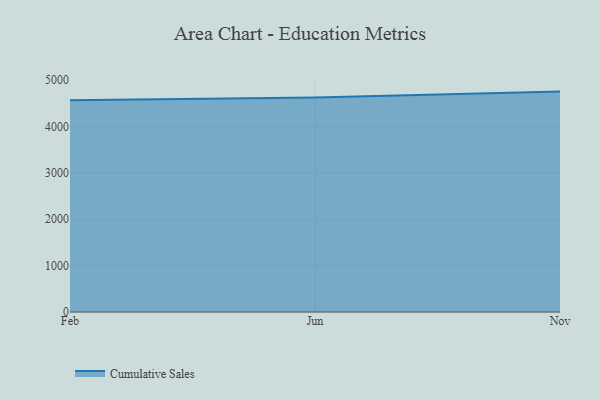
{"axis": {"x": "Month", "y": "Market Share (%)"}, "legend": ["Cumulative Sales"], "data": [{"x": "Feb", "y": 4564.4, "type": "Cumulative Sales"}, {"x": "Jun", "y": 4622.3, "type": "Cumulative Sales"}, {"x": "Nov", "y": 4750.2, "type": "Cumulative Sales"}]}